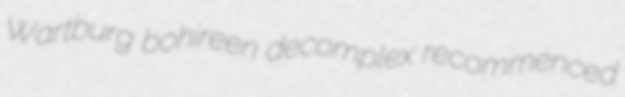
Wartburg bohireen decomplex recommenced